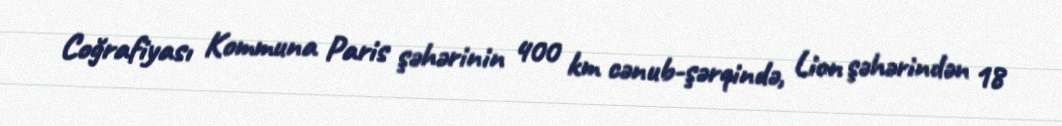
Coğrafiyası Kommuna Paris şəhərinin 400 km cənub-şərqində, Lion şəhərindən 18